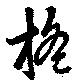
搖